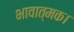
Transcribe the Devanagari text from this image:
भावात्मक।